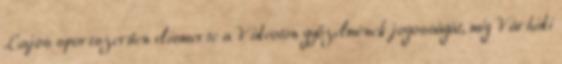
Lajos sportszerűen elismerte a Videoton győzelmének jogosságát, míg Várhidi